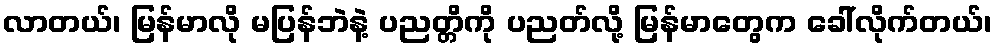
လာတယ်၊ မြန်မာလို မပြန်ဘဲနဲ့ ပညတ္တိကို ပညတ်လို့ မြန်မာတွေက ခေါ်လိုက်တယ်၊